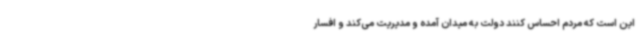
این است که مردم احساس کنند دولت به میدان آمده و مدیریت می‌کند و افسار